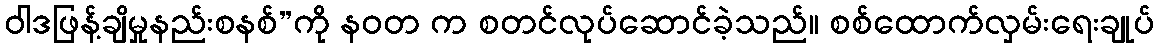
ဝါဒဖြန့်ချိမှုနည်းစနစ်”ကို နဝတ က စတင်လုပ်ဆောင်ခဲ့သည်။ စစ်ထောက်လှမ်းရေးချုပ်